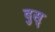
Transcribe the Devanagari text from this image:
दुस्